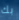
بك